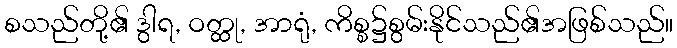
စသည်တို့၏ ဒွါရ, ဝတ္ထု, အာရုံ, ကိစ္စ၌စွမ်းနိုင်သည်၏အဖြစ်သည်။